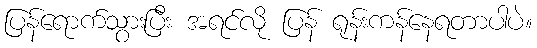
ပြန်ရောက်သွားပြီး အရင်လို ပြန် ရုန်းကန်နေရတာပါပဲ။